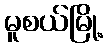
မူစယ်မြို့